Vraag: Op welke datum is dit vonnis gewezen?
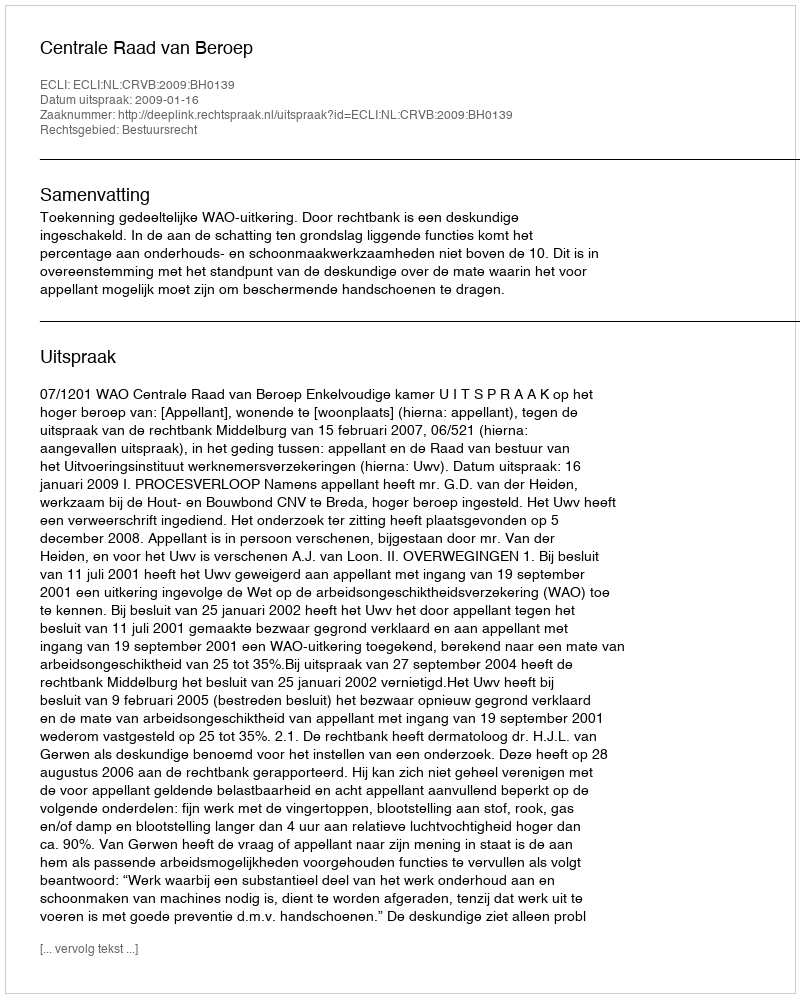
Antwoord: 2009-01-16